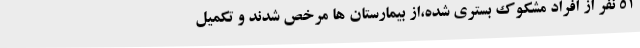
51 نفر از افراد مشکوک بستری شده،از بیمارستان ها مرخص شدند و تکمیل